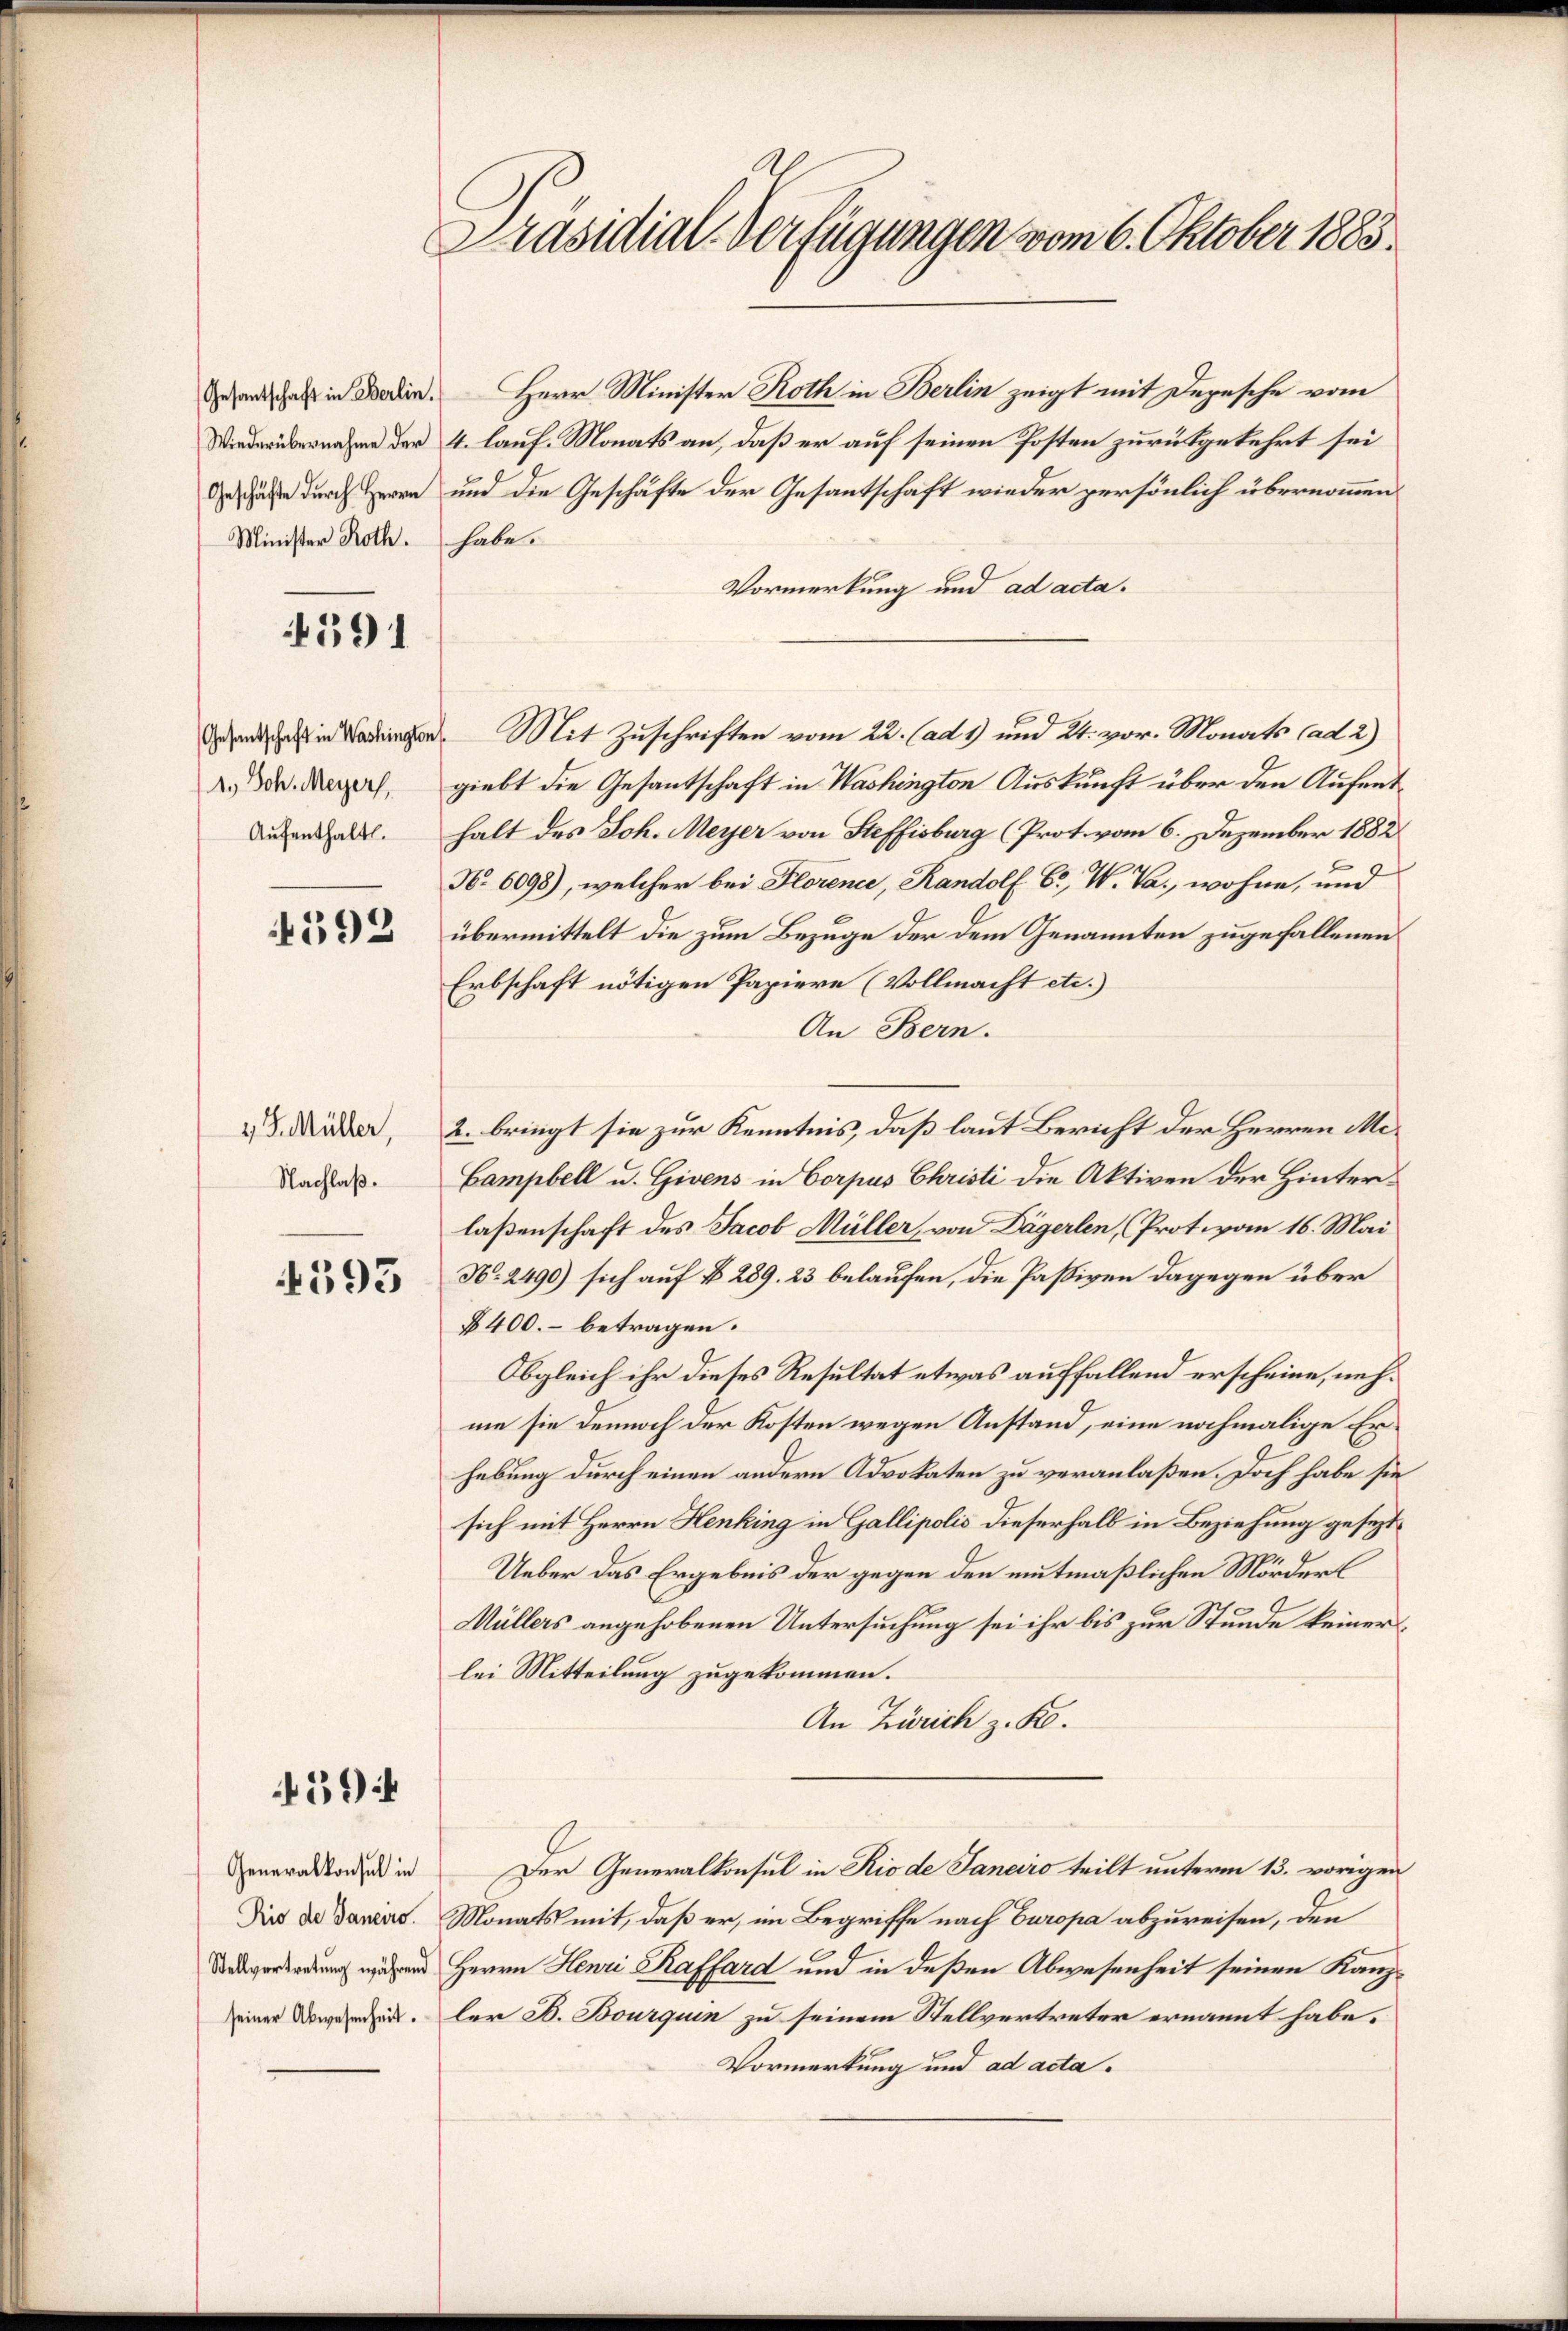
Minister Roth.

391

1.) Joh. Meyer,
Aufenthalt.

593

4 J. Müller,
Nachlaß.

4393

59

Generalkonsul in
seiner Abwesenheit.

Präsidial-Verfügungen vom 6. Oktober 1883.

n als in Boden. Herr Minister Roth in Berlin zeigt mit Depesche vom
Wiederübernahme der 4. lauf Monats an, daß er auf seinen Posten zurückgekehrt sei
 durch Herrn und die Geschäfte der Gesantschaft wieder persönlich übernommen
habe.
Vormerkung und ad acta.
Grand es in Bedingen. Mit Zuschriften vom 22. (ad 1) und 24. vor. Monats (Cad 2)
giebt die Gesantschaft in Washington Auskunft über den Aufenthalt des Joh. Meyer von Steffisburg (Prot. vom 6. Dezember 1882
No 6098), welcher bei Florene, Randolf C, W. Va., wohne, und
übermittelt die zum Bezuge der dem Genannten zugefallenen
Erbschaft nötigen Papiere (Vollmacht etc.)
An Bern.
2. bringt sie zur Kenntnis, daß laut Bericht der Herren Me¬
Campbell u. Givens in Corpus Christi die Aktiven der Hinterlaßenschaft des Jacob Müller, von Dägerlen, Prot. vom 16. Mai
N: 2490) sich auf § 289. 23 belaufen, die Paßiven dagegen über
§400.- betragen.
Obgleich ihr dieses Resultat etwas auffallend erscheine, nehme sie dennoch der Kosten wegen Anstand, eine nochmalige Erhebung durch einen andern Advokaten zu veranlaßen. Doch habe sie
sich mit Herrn Henking in Gallipolis dieserhalb in Beziehung gesezt¬
Ueber das Ergebnis der gegen den mutmaßlichen Mörderl
Müllers angehobenen Untersuchung sei ihr bis zur Stunde keiner
lei Mitteilung zugekommen.
An Zürich z. K.
Der Generalkonsul in Rio de Janeiro teilt unterm 13. vorigen
Die de daraus. Monats mit, daß er, im Begriffe nach Europa abzureisen, den
Undgeringung während Herrn Henri Taffard und in deßen Abwesenheit seinen Kanzler B. Bourquin zu seinem Stellvertreter ernannt habe.
Vormerkung und ad acta.